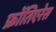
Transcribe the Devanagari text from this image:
फ्रोंतिएरेस